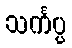
သင်္ကပ္ပ